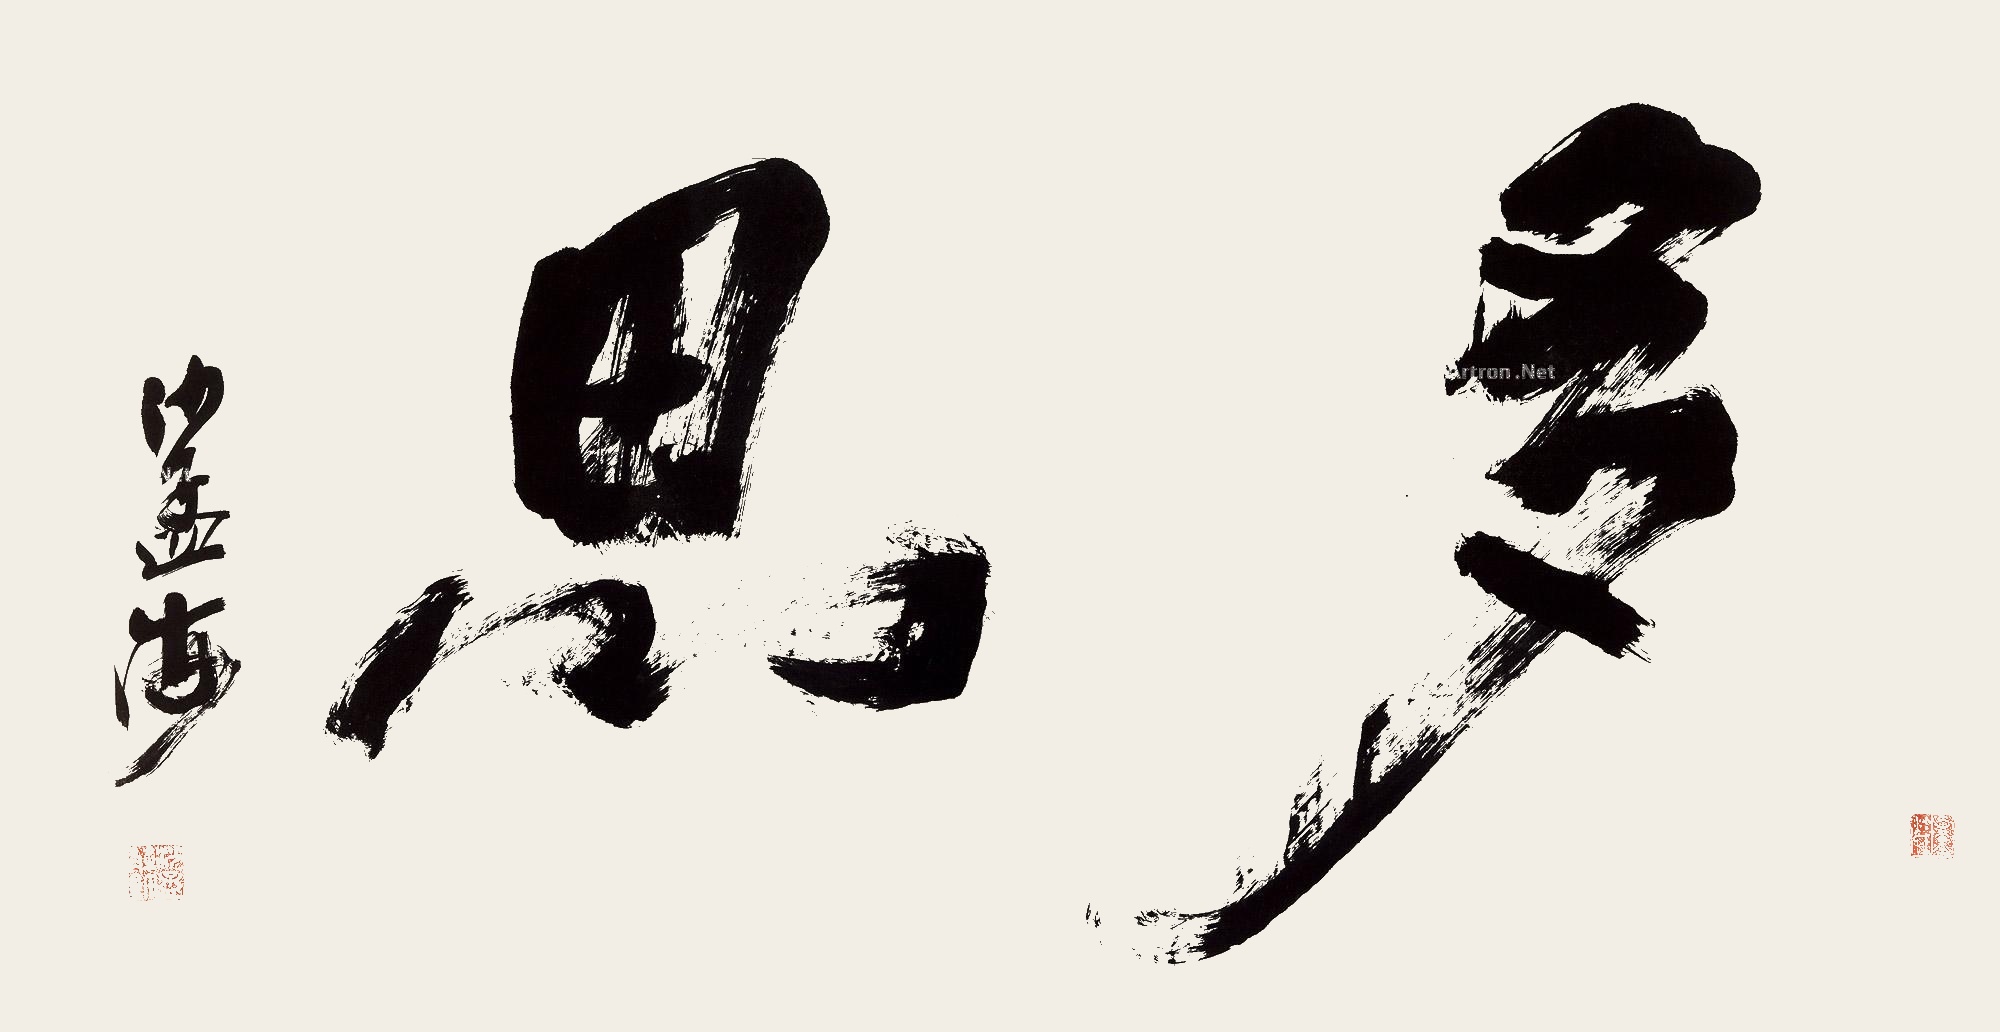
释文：多思沙孟海。